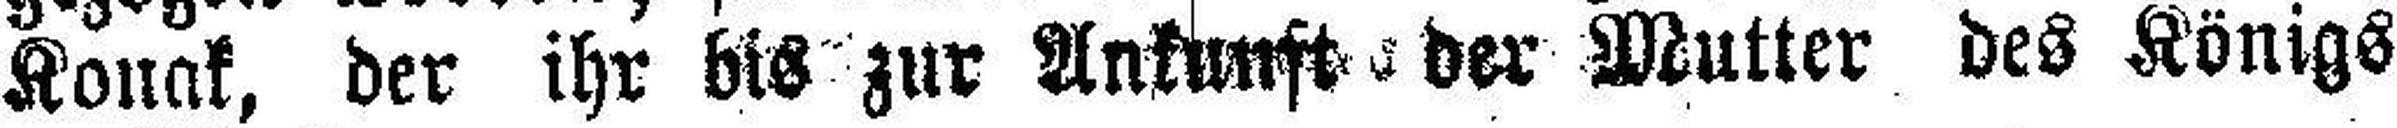
Konak, der ihr bis zur Ankunft der Mutter des Königs